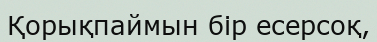
Қорықпаймын бір есерсоқ,